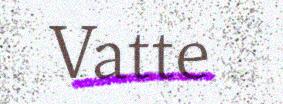
Vatte